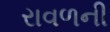
રાવળની